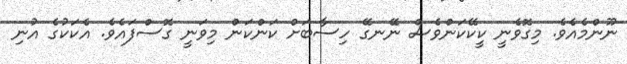
ނޫންމެއެވެ. މިގޮވެނީ ކީކޭކަންވެސް ނޭނގޭ ހިސާބަށް ކަންކަން މިވަނީ ގޮސްފައެވެ. އެކަކުގެ އުނި